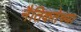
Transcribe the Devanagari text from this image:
नैतिकतेच्या